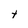
Character: e